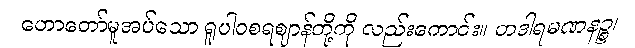
ဟောတော်မူအပ်သော ရူပါဝစရဈာန်တို့ကို လည်းကောင်း။ တဒါရမဏနဉ္စ၊